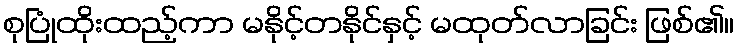
စုပြုံထိုးထည့်ကာ မနိုင့်တနိုင်နှင့် မထုတ်လာခြင်း ဖြစ်၏။